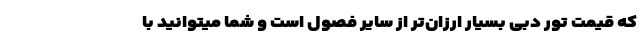
که قیمت تور دبی بسیار ارزان‌تر از سایر فصول است و شما میتوانید با